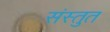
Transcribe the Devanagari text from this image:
संस्‍तुत